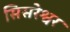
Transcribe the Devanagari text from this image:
सिसरेश्वर